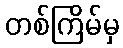
တစ်ကြိမ်မှ